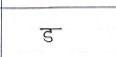
मजकूर: ड